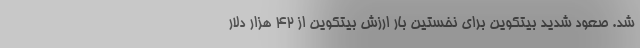
شد. صعود شدید بیتکوین برای نخستین بار ارزش بیتکوین از ۴۲ هزار دلار